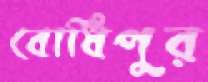
বোধিপুর